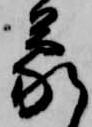
蒙